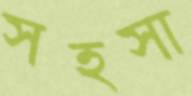
সহসা